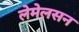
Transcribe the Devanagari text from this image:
लेमेलसन